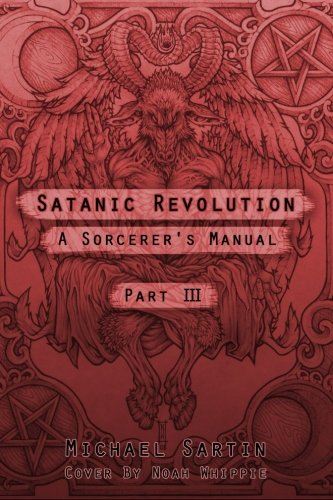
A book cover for Satanic Revolution: A Sorcerer's Manual, Part III (Part 3); Michael Sartin; Religion & Spirituality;